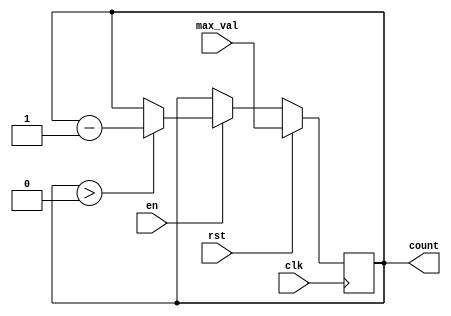
module down_counter (
    input wire clk,          // Clock signal
    input wire en,          // Enable signal
    input wire rst,         // Reset signal
    input wire [n-1:0] max_val, // Initial value (maximum value)
    output reg [n-1:0] count // Counter value
);
    parameter n = 8; // Define the bit width of the counter (adjust as needed)

    // Always block for synchronous logic
    always @(posedge clk) begin
        if (rst) begin
            // Reset the counter to max_val
            count <= max_val;
        end else if (en) begin
            // Decrement the counter if enabled and greater than 0
            if (count > 0) begin
                count <= count - 1;
            end
            // If count is 0, it remains 0 on further enable signals
        end
        // If enable is low, retain the current value (no action needed)
    end
endmodule